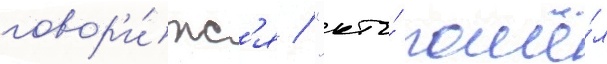
говор'и́тс'я / "кто́ пошё́л